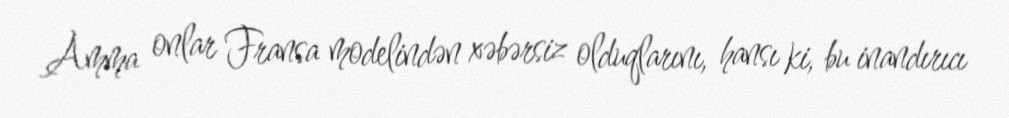
Amma onlar Fransa modelindən xəbərsiz olduqlarını, hansı ki, bu inandırıcı